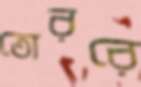
তোররে